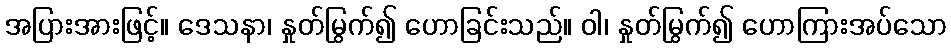
အပြားအားဖြင့်။ ဒေသနာ၊ နှုတ်မြွက်၍ ဟောခြင်းသည်။ ဝါ၊ နှုတ်မြွက်၍ ဟောကြားအပ်သော